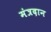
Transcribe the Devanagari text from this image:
मंत्रदान